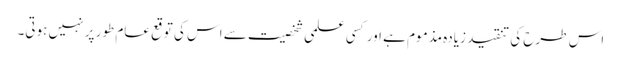
اس طرح کی تنقید زیادہ مذموم ہے اور کسی علمی شخصیت سے اس کی توقع عام طور پر نہیں ہوتی۔